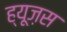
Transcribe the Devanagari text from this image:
ह्यूज़स